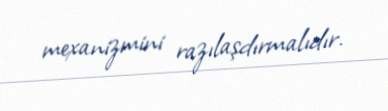
mexanizmini razılaşdırmalıdır.